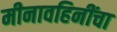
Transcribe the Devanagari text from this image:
मीनावहिनींचा